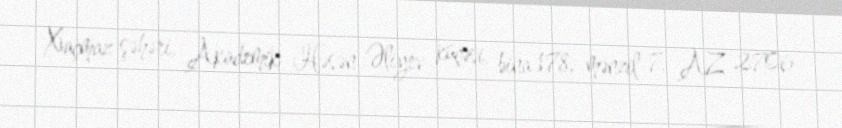
Xaçmaz şəhəri, Akademik Həsən Əliyev küçəsi, bina 178, mənzil 7, AZ 2706